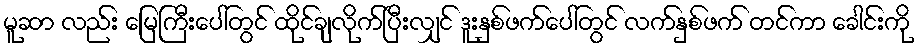
မူဆာ လည်း မြေကြီးပေါ်တွင် ထိုင်ချလိုက်ပြီးလျှင် ဒူးနှစ်ဖက်ပေါ်တွင် လက်နှစ်ဖက် တင်ကာ ခေါင်းကို